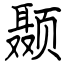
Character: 颞